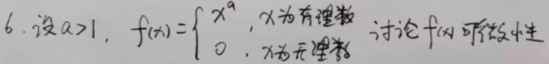
6. 设 \(a > 1\)，\(f(x)=
\begin{cases}
x^{a}，&\text{x为有理数}\\
0，&\text{x为无理数}
\end{cases}\) 讨论 \(f(x)\) 连续性。